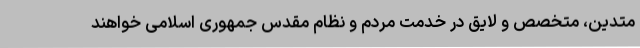
متدین، متخصص و لایق در خدمت مردم و نظام مقدس جمهوری اسلامی خواهند